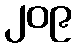
၂၀၉